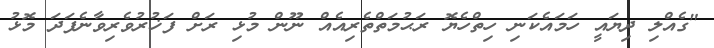
"ގެއްލި ދިޔައީ ހަމައެކަނި ހިތްހެޔޮ ރަޙުމަތްތެރިއެއް ނޫން މުޅި ރަށް ފަޚުރުވެރިވާނެފަދަ މޮޅު